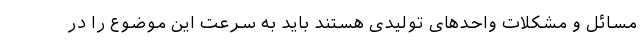
مسائل و مشکلات واحد‌های تولیدی هستند باید به سرعت این موضوع را در